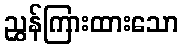
ညွှန်ကြားထားသော